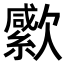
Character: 𣤭